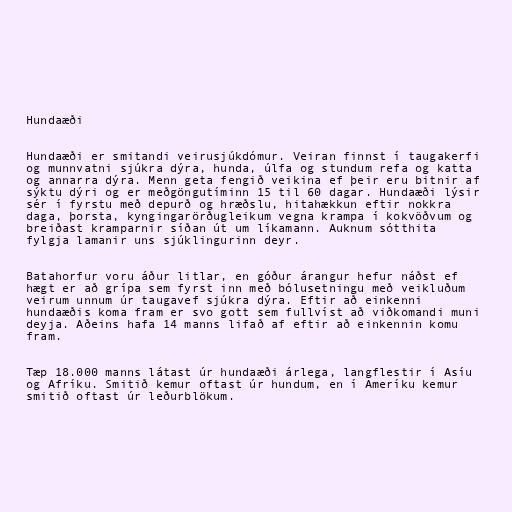
Hundaæði

Hundaæði er smitandi veirusjúkdómur. Veiran finnst í taugakerfi
og munnvatni sjúkra dýra, hunda, úlfa og stundum refa og katta
og annarra dýra. Menn geta fengið veikina ef þeir eru bitnir af
sýktu dýri og er meðgöngutíminn 15 til 60 dagar. Hundaæði lýsir
sér í fyrstu með depurð og hræðslu, hitahækkun eftir nokkra
daga, þorsta, kyngingarörðugleikum vegna krampa í kokvöðvum og
breiðast kramparnir síðan út um líkamann. Auknum sótthita
fylgja lamanir uns sjúklingurinn deyr.

Batahorfur voru áður litlar, en góður árangur hefur náðst ef
hægt er að grípa sem fyrst inn með bólusetningu með veikluðum
veirum unnum úr taugavef sjúkra dýra. Eftir að einkenni
hundaæðis koma fram er svo gott sem fullvíst að viðkomandi muni
deyja. Aðeins hafa 14 manns lifað af eftir að einkennin komu
fram.

Tæp 18.000 manns látast úr hundaæði árlega, langflestir í Asíu
og Afríku. Smitið kemur oftast úr hundum, en í Ameríku kemur
smitið oftast úr leðurblökum.